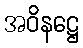
အဝိနဋ္ဌေ